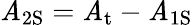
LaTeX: \mathit{A}_{\mathrm{{{2S}}}}=\mathit{A}_{\mathrm{{{t}}}}-\mathit{A}_{\mathrm{{{1S}}}}